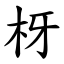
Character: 枒